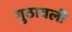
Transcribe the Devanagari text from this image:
गुठावली